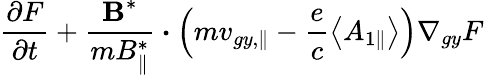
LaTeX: \frac{\partial F}{\partial t}+\frac{\textbf{B}^{*}}{m{B}_{\parallel}^{*}}\boldsymbol{\cdot}\left(mv_{gy,\parallel}-\frac{e}{c}\left\langle{A}_{1\parallel}\right\rangle\right)\nabla_{gy}F\,